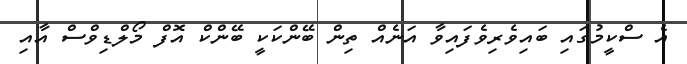
އެ ސްކީމުގައި ބައިވެރިވެފައިވާ އަނެއް ތިން ބޭންކަކީ ބޭންކް އޮފް މޯލްޑިވްސް އާއި